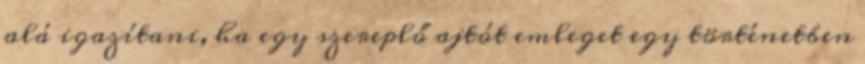
alá igazítani, ha egy szereplő ajtót emleget egy történetben